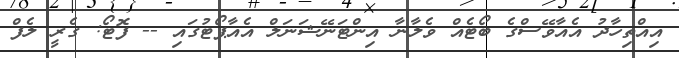
އިއްތިހާދު އެއާވޭސްގެ ބޯޓެއް ވެލާނާ އިންޓަނޭޝަނަލް އެއާޕޯޓުގައި -- ފޮޓޯ: ގެރީ ލެފް